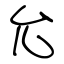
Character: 允